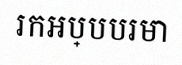
រកអប្បបរមា